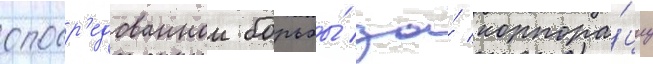
опоср'едованнои борьбы́ за́ корпора́циу